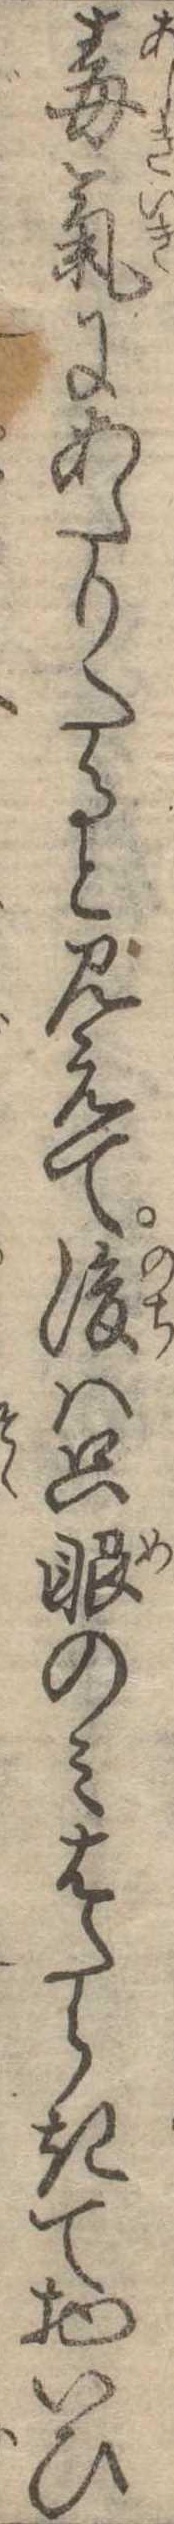
毒気にあたりたると見えて後は只眼のみはたらきて物いひ